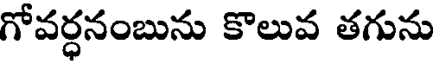
గోవర్ధనంబును కొలువ తగును